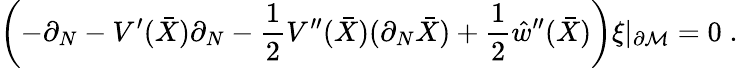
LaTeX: \left(-\partial_{N}-V^{\prime}(\bar{X})\partial_{N}-\frac 12V^{\prime\prime}(\bar{X})(\partial_{N}\bar{X})+\frac 12\hat{w}^{\prime\prime}(\bar{X})\right)\xi|_{\partial{\cal M}}=0\; .